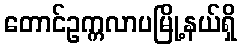
တောင်ဥက္ကလာပမြို့နယ်ရှိ